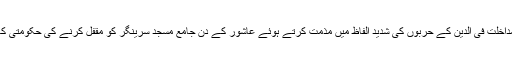
اس موقعہ پر آغاحسن نے ریاست جموں و کشمیر میں جاری بھارتی جبروبربریت اور مداخلت فی الدین کے حربوں کی شدید الفاظ میں مذمت کرتے ہوئے عاشور کے دن جامع مسجد سرینگر کو مقفل کرنے کی حکومتی کاروائی کو بھارتی سیکولرزم اور جمہوریت کے دعووں کی اصل حقیقت سے تعبیر کیا ۔